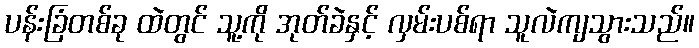
ပန်းခြံတစ်ခု ထဲတွင် သူ့ကို အုတ်ခဲနှင့် လှမ်းပစ်ရာ သူလဲကျသွားသည်။